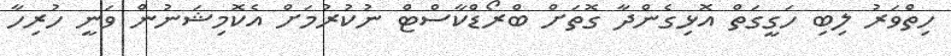
ހިތްވަރު ލިބި ހަގީގަތް އޮޅިގެންދާ ގޮތަށް ބްރޯޑްކާސްޓް ނުކުރުމަށް އެކޮމިޝަނުން ވަނީ ހުރިހާ